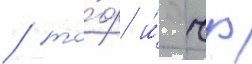
/ то́ф и́ чф